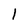
Character: 1